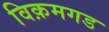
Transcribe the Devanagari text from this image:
विक़मगड